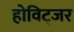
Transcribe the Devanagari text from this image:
होविट्जर